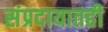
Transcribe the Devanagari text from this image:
संप्रदायातही